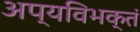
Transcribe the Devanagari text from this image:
अप्यविभक्तं